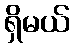
ရှိမယ်